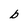
Character: b